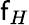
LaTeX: \mathsf{f}_{H}